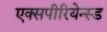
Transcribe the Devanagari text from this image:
एक्सपीरियेन्स्ड